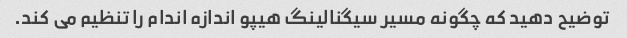
توضیح دهید که چگونه مسیر سیگنالینگ هیپو اندازه اندام را تنظیم می کند.